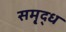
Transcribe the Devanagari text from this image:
समृ्द्ध